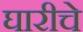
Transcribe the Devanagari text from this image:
घारीचे